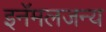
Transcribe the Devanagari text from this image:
इनॅमलजन्य